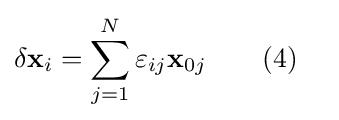
\delta \mathbf {x} _{i}=\sum _{j=1}^{N}\varepsilon _{ij}\mathbf {x} _{0j}\qquad (4)\quad